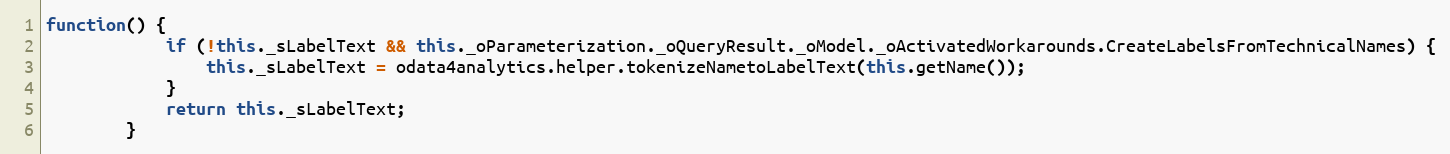
Language: JavaScript
function() {
			if (!this._sLabelText && this._oParameterization._oQueryResult._oModel._oActivatedWorkarounds.CreateLabelsFromTechnicalNames) {
				this._sLabelText = odata4analytics.helper.tokenizeNametoLabelText(this.getName());
			}
			return this._sLabelText;
		}